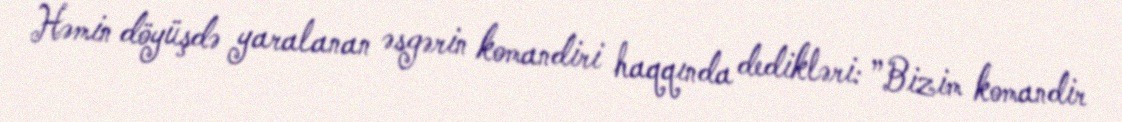
Həmin döyüşdə yaralanan əsgərin komandiri haqqında dedikləri: ”Bizim komandir